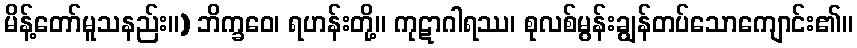
မိန့်တော်မူသနည်း။) ဘိက္ခဝေ၊ ရဟန်းတို့။ ကုဋာဂါရဿ၊ စုလစ်မွန်းချွန်တပ်သောကျောင်း၏။